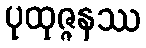
ပုထုဇ္ဇနဿ